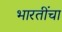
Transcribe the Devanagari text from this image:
भारतींचा